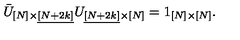
\bar { U } _ { [ N ] \times \underline { { [ N + 2 k ] } } } U _ { \underline { { [ N + 2 k ] } } \times [ N ] } = 1 _ { [ N ] \times [ N ] } .